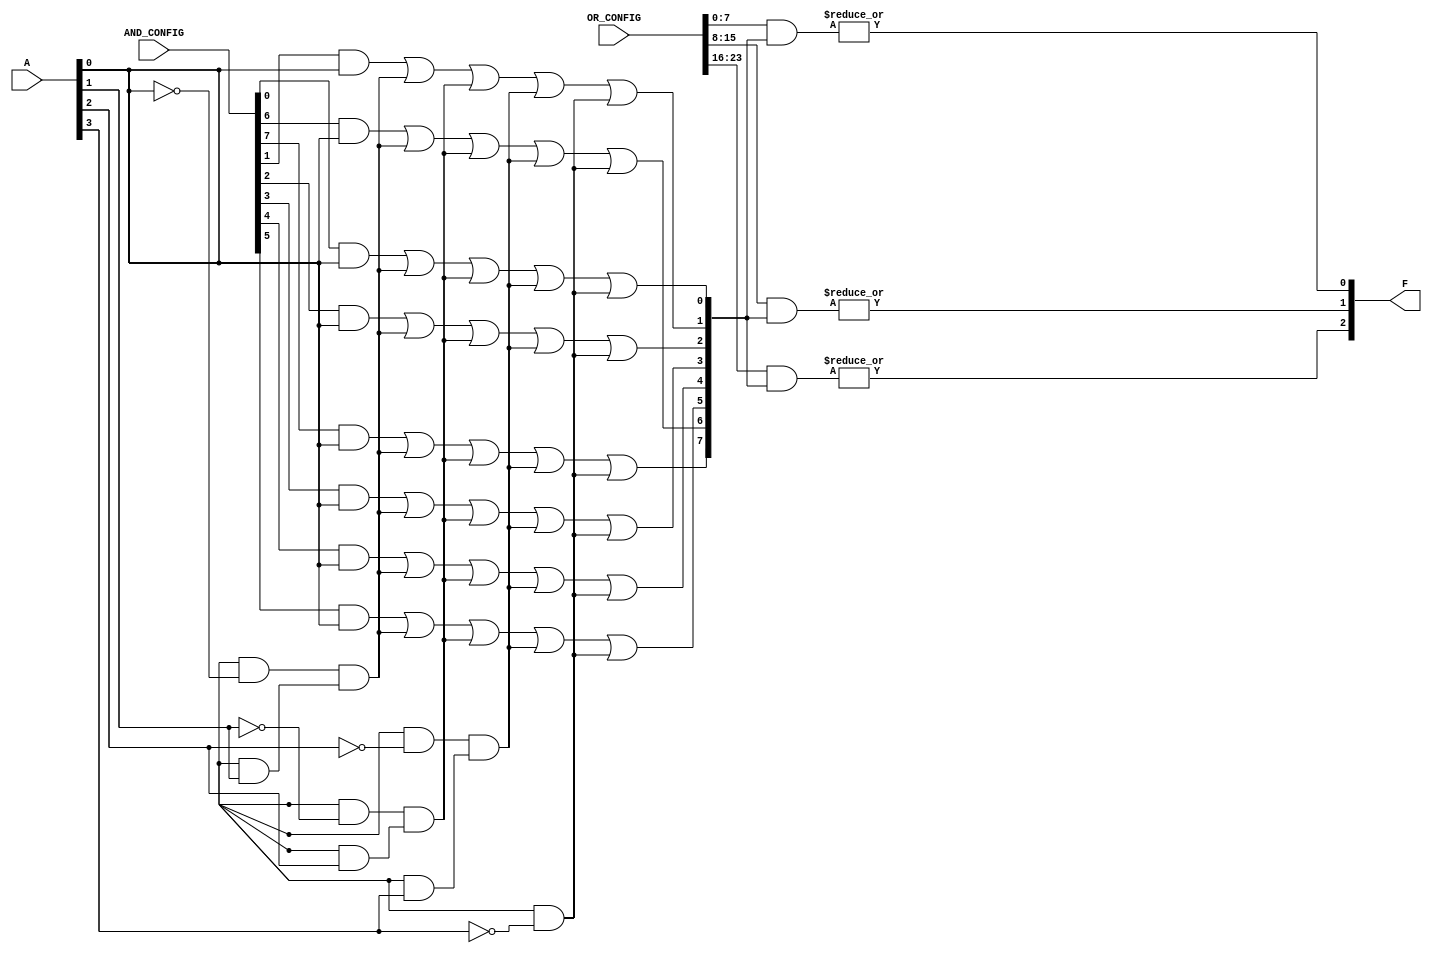
module PLA #(
    parameter NUM_INPUTS = 4,   // Number of Inputs (A1, A2, A3, A4)
    parameter NUM_AND_GATES = 8, // Number of AND gates
    parameter NUM_OUTPUTS = 3    // Number of Outputs (F1, F2, F3)
)(
    input wire [NUM_INPUTS-1:0] A,                // Input lines (A1, A2, ..., An)
    input wire [NUM_AND_GATES-1:0] AND_CONFIG,    // Configuration for AND gate connections
    input wire [NUM_OUTPUTS*NUM_AND_GATES-1:0] OR_CONFIG, // Configuration for OR gate connections
    output wire [NUM_OUTPUTS-1:0] F                // Output lines (F1, F2, ..., Fm)
);

// Intermediate signals from AND gates
wire [NUM_AND_GATES-1:0] AND_OUT;

// Generate AND gates based on the configuration
genvar i, j;
generate
    for (i = 0; i < NUM_AND_GATES; i = i + 1) begin : AND_GATE
        assign AND_OUT[i] = (AND_CONFIG[i] & A[0]) |
                             (AND_CONFIG[i+NUM_AND_GATES] & ~A[0]) &
                             (AND_CONFIG[i+2*NUM_AND_GATES] & A[1]) |
                             (AND_CONFIG[i+3*NUM_AND_GATES] & ~A[1]) &
                             (AND_CONFIG[i+4*NUM_AND_GATES] & A[2]) |
                             (AND_CONFIG[i+5*NUM_AND_GATES] & ~A[2]) &
                             (AND_CONFIG[i+6*NUM_AND_GATES] & A[3]) |
                             (AND_CONFIG[i+7*NUM_AND_GATES] & ~A[3]);
    end
endgenerate

// Generate OR gates based on the configuration
generate
    for (j = 0; j < NUM_OUTPUTS; j = j + 1) begin : OR_GATE
        assign F[j] = |(OR_CONFIG[j*NUM_AND_GATES +: NUM_AND_GATES] & AND_OUT);
    end
endgenerate

endmodule